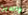
والدين